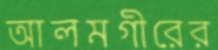
আলমগীরের